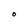
Character: O